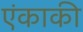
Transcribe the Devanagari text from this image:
एंकाकी